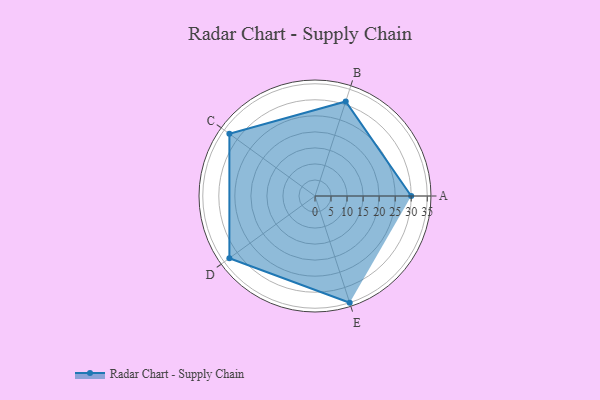
{"axis": {"x": "Skill", "y": "Score"}, "legend": ["Profile"], "data": [{"x": "A", "y": 30.0, "type": "Profile"}, {"x": "B", "y": 31.0, "type": "Profile"}, {"x": "C", "y": 33.0, "type": "Profile"}, {"x": "D", "y": 33.0, "type": "Profile"}, {"x": "E", "y": 35.0, "type": "Profile"}]}